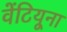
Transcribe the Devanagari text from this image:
वेंटियूना